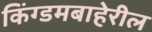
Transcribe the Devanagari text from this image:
किंग्डमबाहेरील